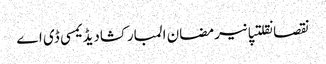
نقصانقلتپانیرمضان المبارکشادیڈیمسی ڈی اے